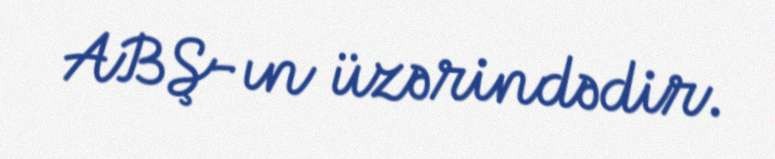
ABŞ-ın üzərindədir.